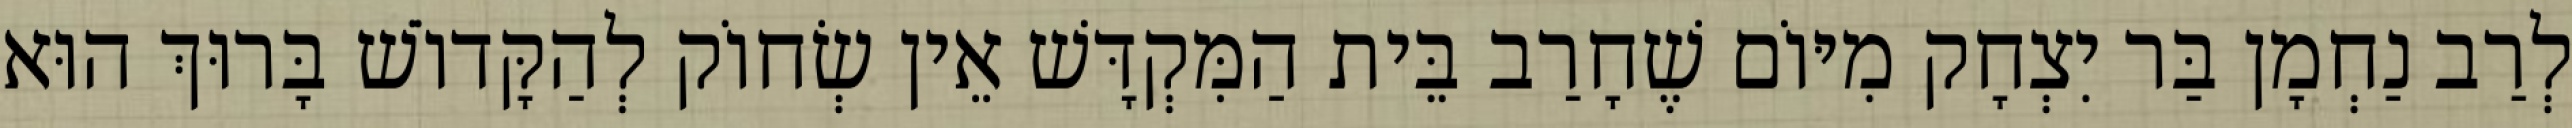
לְרַב נַחְמָן בַּר יִצְחָק מִיּוֹם שֶׁחָרַב בֵּית הַמִּקְדָּשׁ אֵין שְׂחוֹק לְהַקָּדוֹשׁ בָּרוּךְ הוּא